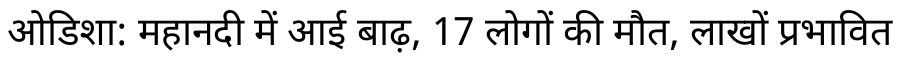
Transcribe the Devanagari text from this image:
ओडिशा: महानदी में आई बाढ़, 17 लोगों की मौत, लाखों प्रभावित